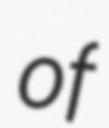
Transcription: of